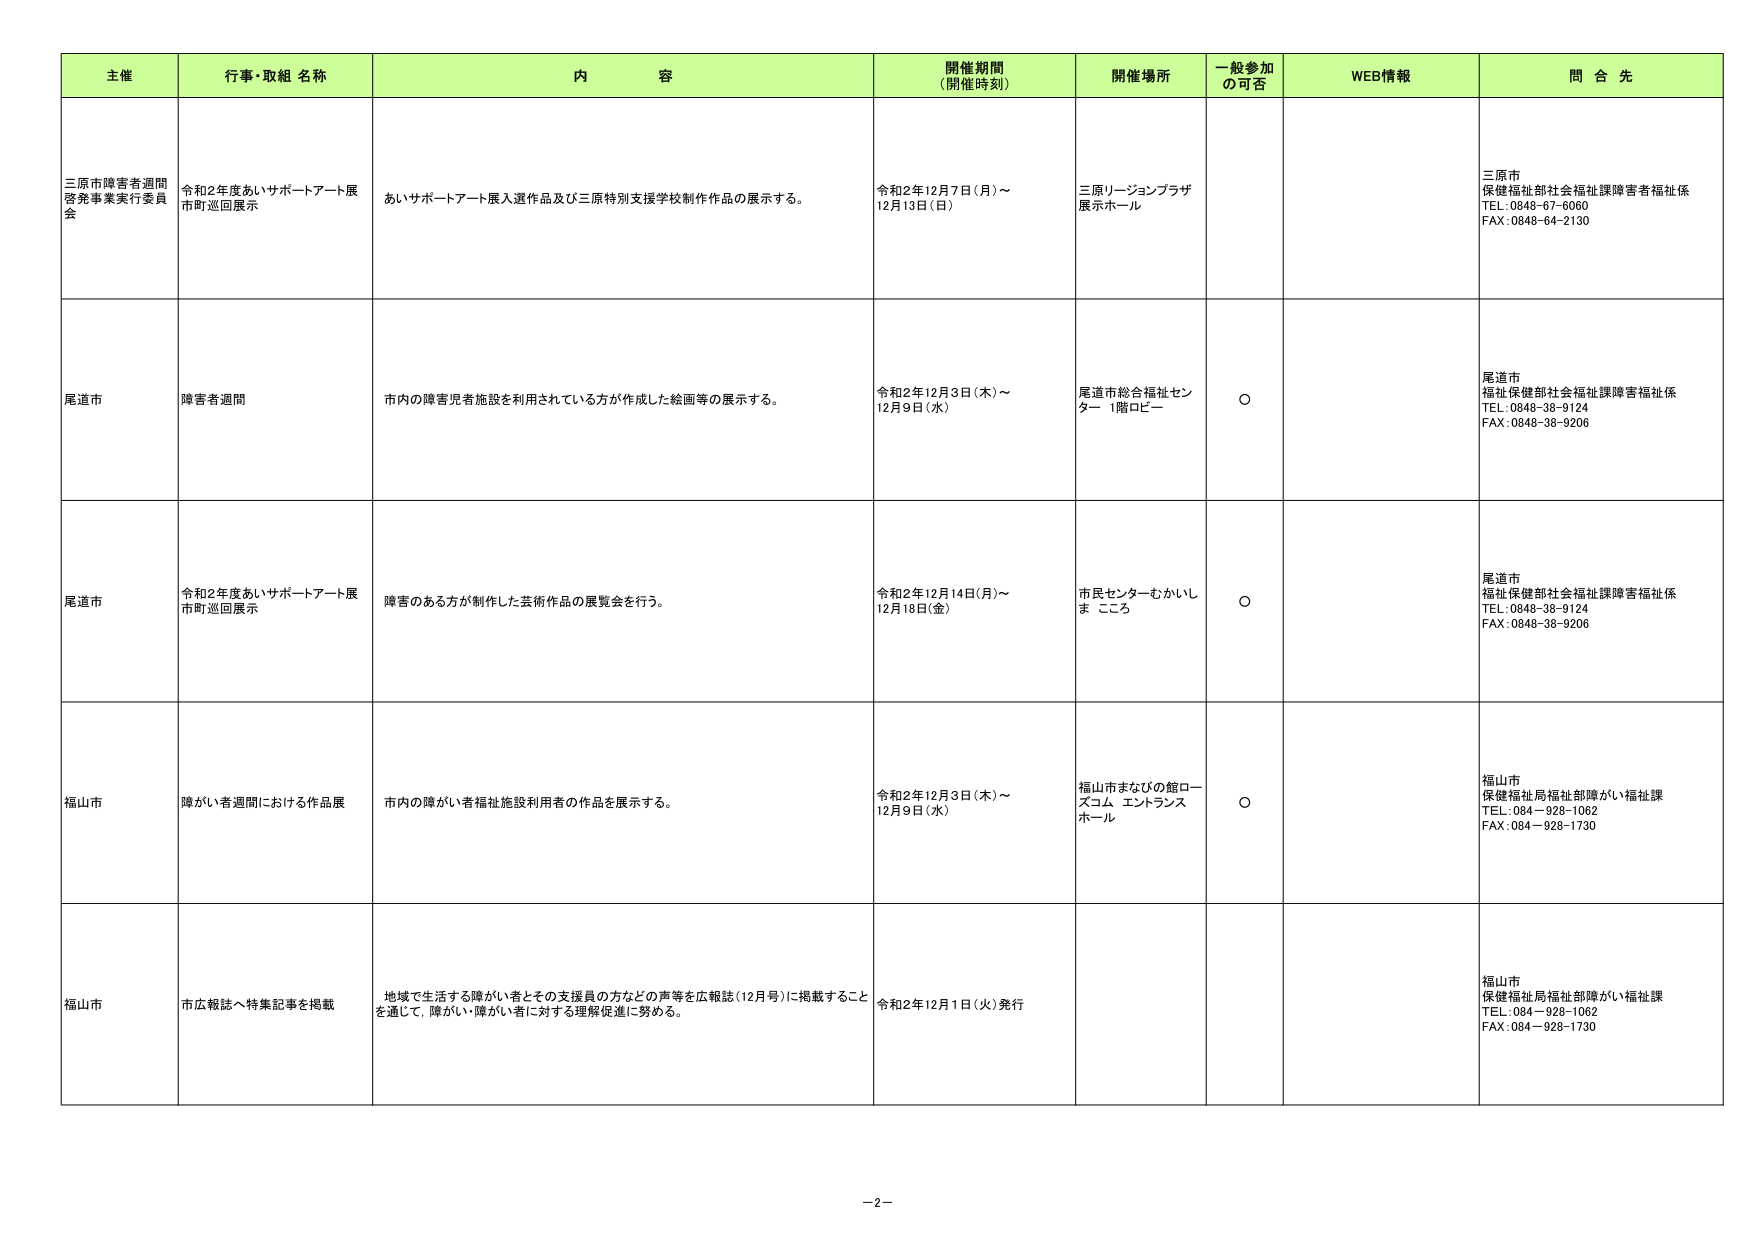
主催 行事・取組 名称 内 容 開催期間 (開催時刻) 開催場所 一般参加 の可否 WEB情報 問 合 先
三原市障害者週間 啓発事業実行委員 会 令和2年度あいサポートアート展 市町巡回展示 あいサポートアート展入選作品及び三原特別支援学校制作作品の展示する。 令和2年12月7日(月)～ 12月13日(日) 三原リージョンプラザ 展示ホール 三原市 保健福祉部社会福祉課障害者福祉係 TEL:0848-67-6060 FAX:0848-64-2130
尾道市 障害者週間 市内の障害児者施設を利用されている方が作成した絵画等の展示する。 令和2年12月3日(木)～ 12月9日(水) 尾道市総合福祉センター 1階ロビー ○ 尾道市 福祉保健部社会福祉課障害福祉係 TEL:0848-38-9124 FAX:0848-38-9206
尾道市 令和2年度あいサポートアート展 市町巡回展示 障害のある方が制作した芸術作品の展覧会を行う。 令和2年12月14日(月)～ 12月18日(金) 市民センターむかいしま こころ ○ 尾道市 福祉保健部社会福祉課障害福祉係 TEL:0848-38-9124 FAX:0848-38-9206
福山市 障がい者週間における作品展 市内の障がい者福祉施設利用者の作品を展示する。 令和2年12月3日(木)～ 12月9日(水) 福山市まなびの館ローズコム エントランスホール ○ 福山市 保健福祉局福祉部障がい福祉課 TEL:084-928-1062 FAX:084-928-1730
福山市 市広報誌へ特集記事を掲載 地域で生活する障がい者とその支援員の方などの声等を広報誌(12月号)に掲載すること を通じて、障がい・障がい者に対する理解促進に努める。 令和2年12月1日(火)発行 福山市 保健福祉局福祉部障がい福祉課 TEL:084-928-1062 FAX:084-928-1730
-2-